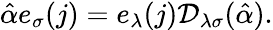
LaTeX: \hat{\alpha}e_{\sigma}(j)=e_{\lambda}(j){\cal D}_{\lambda\sigma}(\hat{\alpha}).